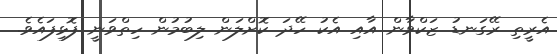
އެރީތި ރޭގަނޑު ޒަކްވާން އާއި އެކު ހޭދަ ކޮށްލަން ލިބުމުން ހިތްވަނީ ފޮޅިފައެވެ.